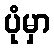
ပုံမှာ